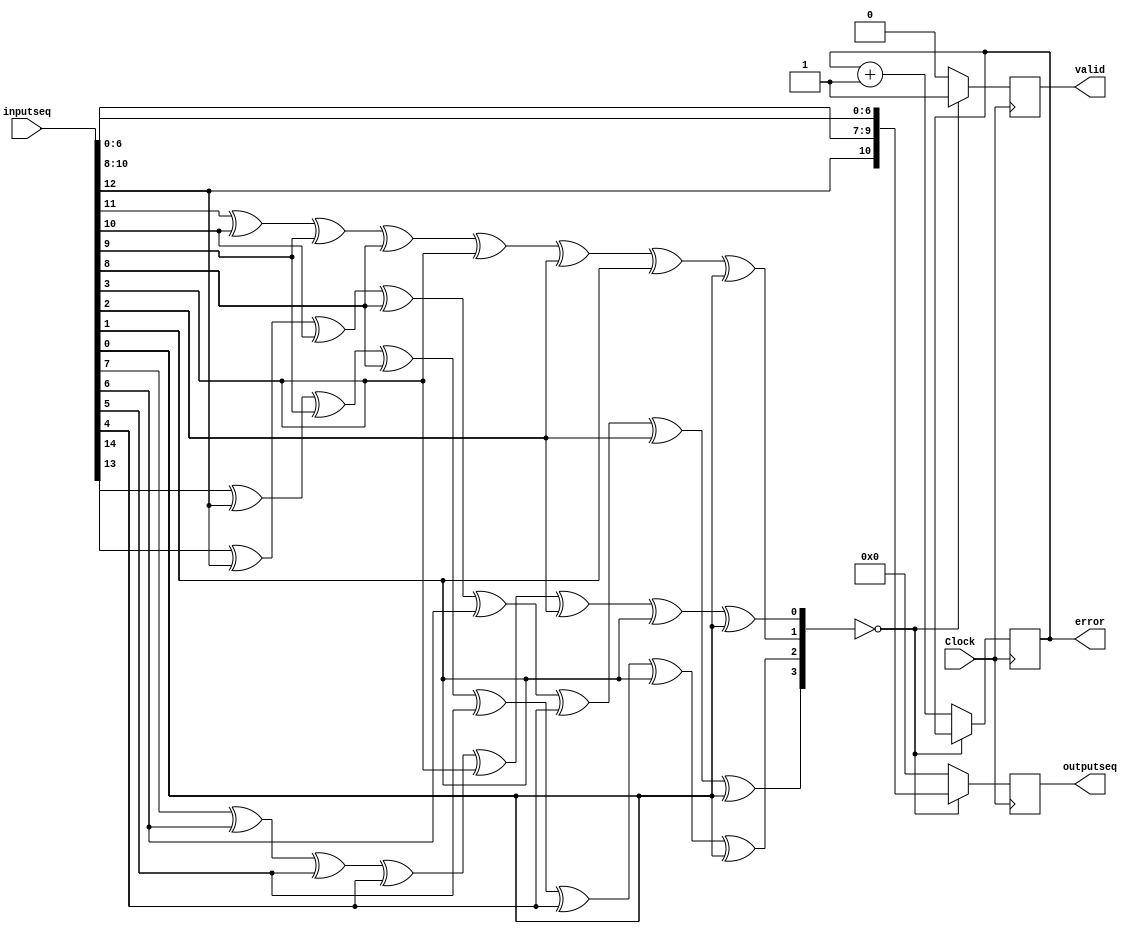
module receiver (Clock , inputseq , outputseq ,error , valid);
input Clock ;
input [1:15] inputseq;
output reg [10:0] outputseq;
output reg [7:0] error = 8'b00000000;
output reg valid;
wire p1 , p2 , p3 , p4;
assign p1 = inputseq[1] ^ inputseq[3] ^ inputseq[5] ^ inputseq[7] ^ inputseq[9] ^ inputseq[11] ^ inputseq[13] ^ inputseq[15];
assign p2 = inputseq[2] ^ inputseq[3] ^ inputseq[6] ^ inputseq[7] ^ inputseq[10] ^ inputseq[11] ^ inputseq[14] ^ inputseq[15];
assign p3 = inputseq[4] ^ inputseq[5] ^ inputseq[6] ^ inputseq[7] ^ inputseq[12] ^ inputseq[13] ^ inputseq[14] ^ inputseq[15];
assign p4 = inputseq[8] ^ inputseq[9] ^ inputseq[10] ^ inputseq[11] ^ inputseq[12] ^ inputseq[13] ^ inputseq[14] ^ inputseq[15];
//wire[3:0] parity;
//wire[3:0] ones_count;
//assign parity = inputseq[3:0];
//assign ones_count = inputseq[14] + inputseq[13] + inputseq[12] + inputseq[11] + inputseq[10] + inputseq[9] + inputseq[8] + inputseq[7] + inputseq[6] + inputseq[5] + inputseq[4];
always @(posedge Clock) begin
    if ({p1 , p2 , p3 , p4}== 4'b0000) begin
        valid <= 1'b1;
        outputseq <= {inputseq[3] , inputseq[5:7] , inputseq[9:15]};
    end
    else begin
        valid <= 1'b0;
        outputseq <= 11'b0;
        error <= error + 1;
    end
end


endmodule